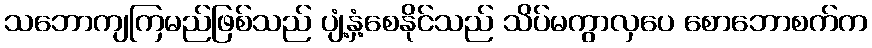
သဘောကျကြမည်ဖြစ်သည် ပျံ့နှံ့စေနိုင်သည် သိပ်မကွာလှပေ စောဘောစက်က